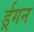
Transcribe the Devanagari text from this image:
र्ड्रगन